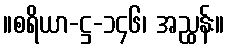
။စရိယာ-ဋ္ဌ-၁၄၆၊ အညွှန်း။